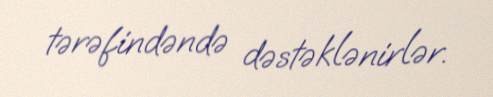
tərəfindəndə dəstəklənirlər.